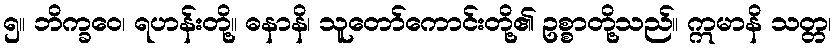
၅။ ဘိက္ခဝေ၊ ရဟန်းတို့။ ဓနာနိ၊ သူတော်ကောင်းတို့၏ ဥစ္စာတို့သည်။ ဣမာနိ သတ္တ၊